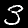
Digit: 3